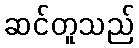
ဆင်တူသည်